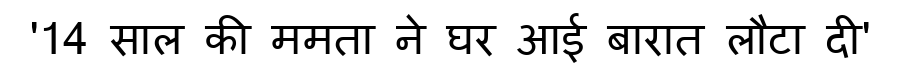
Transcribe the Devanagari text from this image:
'14 साल की ममता ने घर आई बारात लौटा दी'